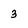
Character: 3